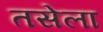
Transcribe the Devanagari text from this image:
तसेला